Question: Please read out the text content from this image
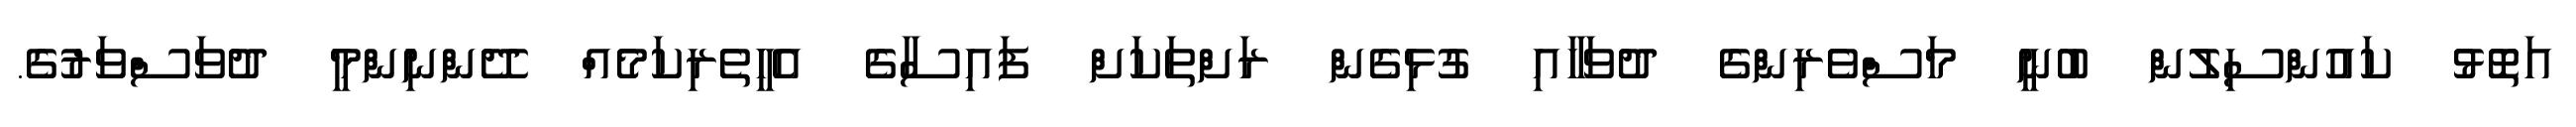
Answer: އަތޮޅު ކައުންސިލުން ބުނީ މަސްވެރިންގެ ދުވަހާއި ގުޅިގެން ރަށްތަކަށް ފައިސާގެ އެހީތެރިކަމެއް ދޭންނިންމީ ދުވަސްވަރުގެ.